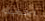
احميك